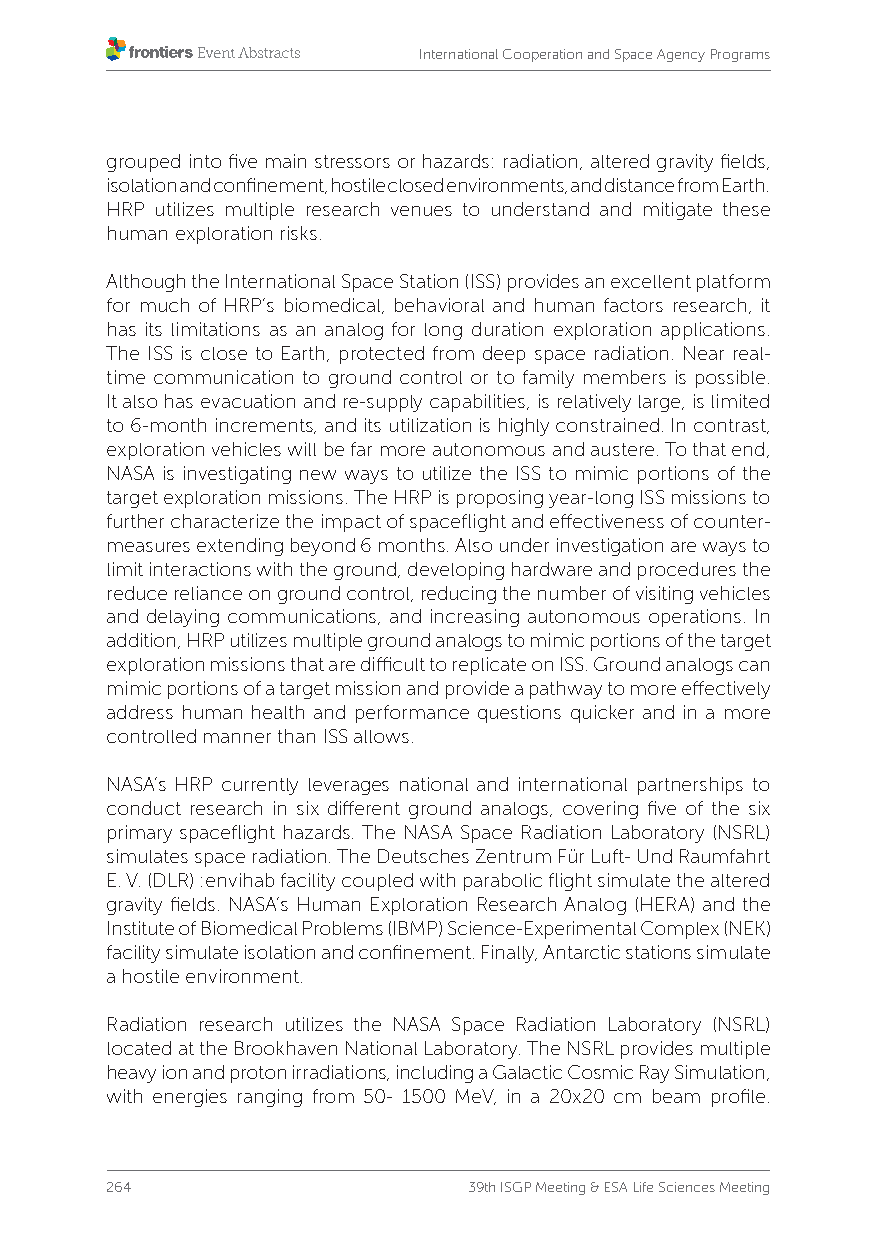
International Cooperation and Space Agency Programs
 grouped into five main stressors or hazards: radiation, altered gravity fields,
 isolation and confinement, hostile closed environments, and distance from Earth.
 HRP utilizes multiple research venues to understand and mitigate these
 human exploration risks.
 Although the International Space Station (ISS) provides an excellent platform
 for much of HRP’s biomedical, behavioral and human factors research, it
 has its limitations as an analog for long duration exploration applications.
 The ISS is close to Earth, protected from deep space radiation. Near real-
 time communication to ground control or to family members is possible.
 It also has evacuation and re-supply capabilities, is relatively large, is limited
 to 6-month increments, and its utilization is highly constrained. In contrast,
 exploration vehicles will be far more autonomous and austere. To that end,
 NASA is investigating new ways to utilize the ISS to mimic portions of the
 target exploration missions. The HRP is proposing year-long ISS missions to
 further characterize the impact of spaceflight and effectiveness of counter-
 measures extending beyond 6 months. Also under investigation are ways to
 limit interactions with the ground, developing hardware and procedures the
 reduce reliance on ground control, reducing the number of visiting vehicles
 and delaying communications, and increasing autonomous operations. In
 addition, HRP utilizes multiple ground analogs to mimic portions of the target
 exploration missions that are difficult to replicate on ISS. Ground analogs can
 mimic portions of a target mission and provide a pathway to more effectively
 address human health and performance questions quicker and in a more
 controlled manner than ISS allows.
 NASA’s HRP currently leverages national and international partnerships to
 conduct research in six different ground analogs, covering five of the six
 primary spaceflight hazards. The NASA Space Radiation Laboratory (NSRL)
 simulates space radiation. The Deutsches Zentrum Für Luft- Und Raumfahrt
 E. V. (DLR) :envihab facility coupled with parabolic flight simulate the altered
 gravity fields. NASA’s Human Exploration Research Analog (HERA) and the
 Institute of Biomedical Problems (IBMP) Science-Experimental Complex (NEK)
 facility simulate isolation and confinement. Finally, Antarctic stations simulate
 a hostile environment.
 Radiation research utilizes the NASA Space Radiation Laboratory (NSRL)
 located at the Brookhaven National Laboratory. The NSRL provides multiple
 heavy ion and proton irradiations, including a Galactic Cosmic Ray Simulation,
 with energies ranging from 50- 1500 MeV, in a 20x20 cm beam profile.
 264                     39th ISGP Meeting & ESA Life Sciences Meeting